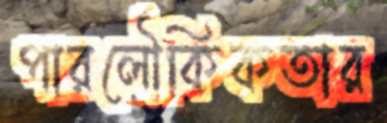
পারলৌকিকতার